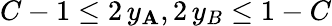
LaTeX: C-1\le2\, y_{\mathbf{A}},2\, y_{B}\le1-C